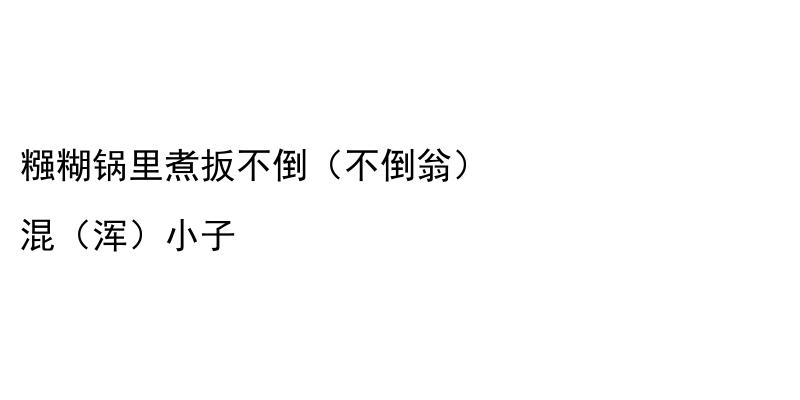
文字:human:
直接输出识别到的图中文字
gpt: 糨糊锅里煮扳不倒（不倒翁） 混（浑）小子